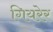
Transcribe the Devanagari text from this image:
गियरेर